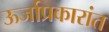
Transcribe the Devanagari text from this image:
ऊर्जाप्रकारांत